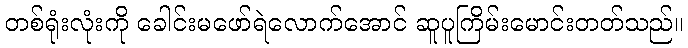
တစ်ရုံးလုံးကို ခေါင်းမဖော်ရဲလောက်အောင် ဆူပူကြိမ်းမောင်းတတ်သည်။